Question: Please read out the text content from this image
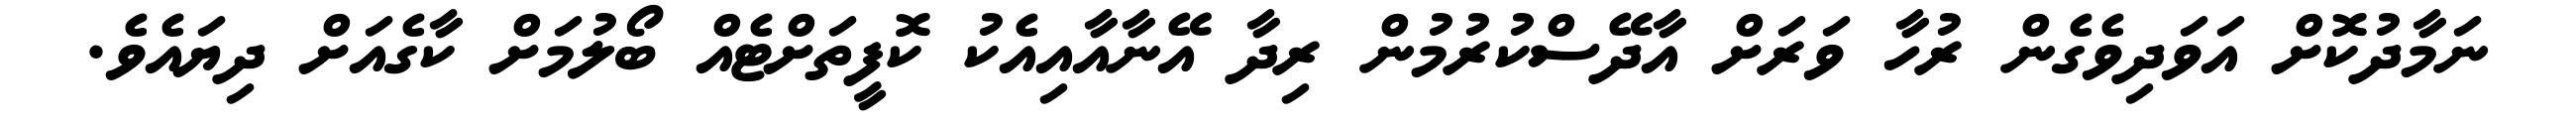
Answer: ނަމާދުކޮށް އަވަދިވެގެން ރުހާ ވަރަށް އާދޭސްކުރުމުން ރިދާ އޭނާއާއިއެކު ކޮފީތަށްޓެއް ބޯލުމަށް ކާގެއަށް ދިޔައެވެ.